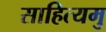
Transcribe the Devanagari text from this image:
साहित्यमु